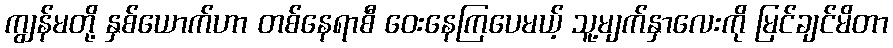
ကျွန်မတို့ နှစ်ယောက်ဟာ တစ်နေရာစီ ဝေးနေကြပေမယ့် သူ့မျက်နှာလေးကို မြင်ချင်မိတာ